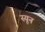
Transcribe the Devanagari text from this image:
स्यून